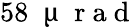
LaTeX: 58\; \mathrm{~\textmu~}\mathrm{~r~a~d~}